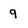
Character: 9